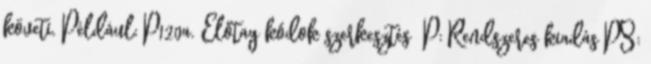
követi. Például: P120a. Előtag kódok szerkesztés P: Rendszeres kiadás PS: